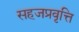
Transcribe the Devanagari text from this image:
सहजप्रवृत्ति